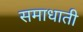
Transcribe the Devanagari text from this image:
समाधाती